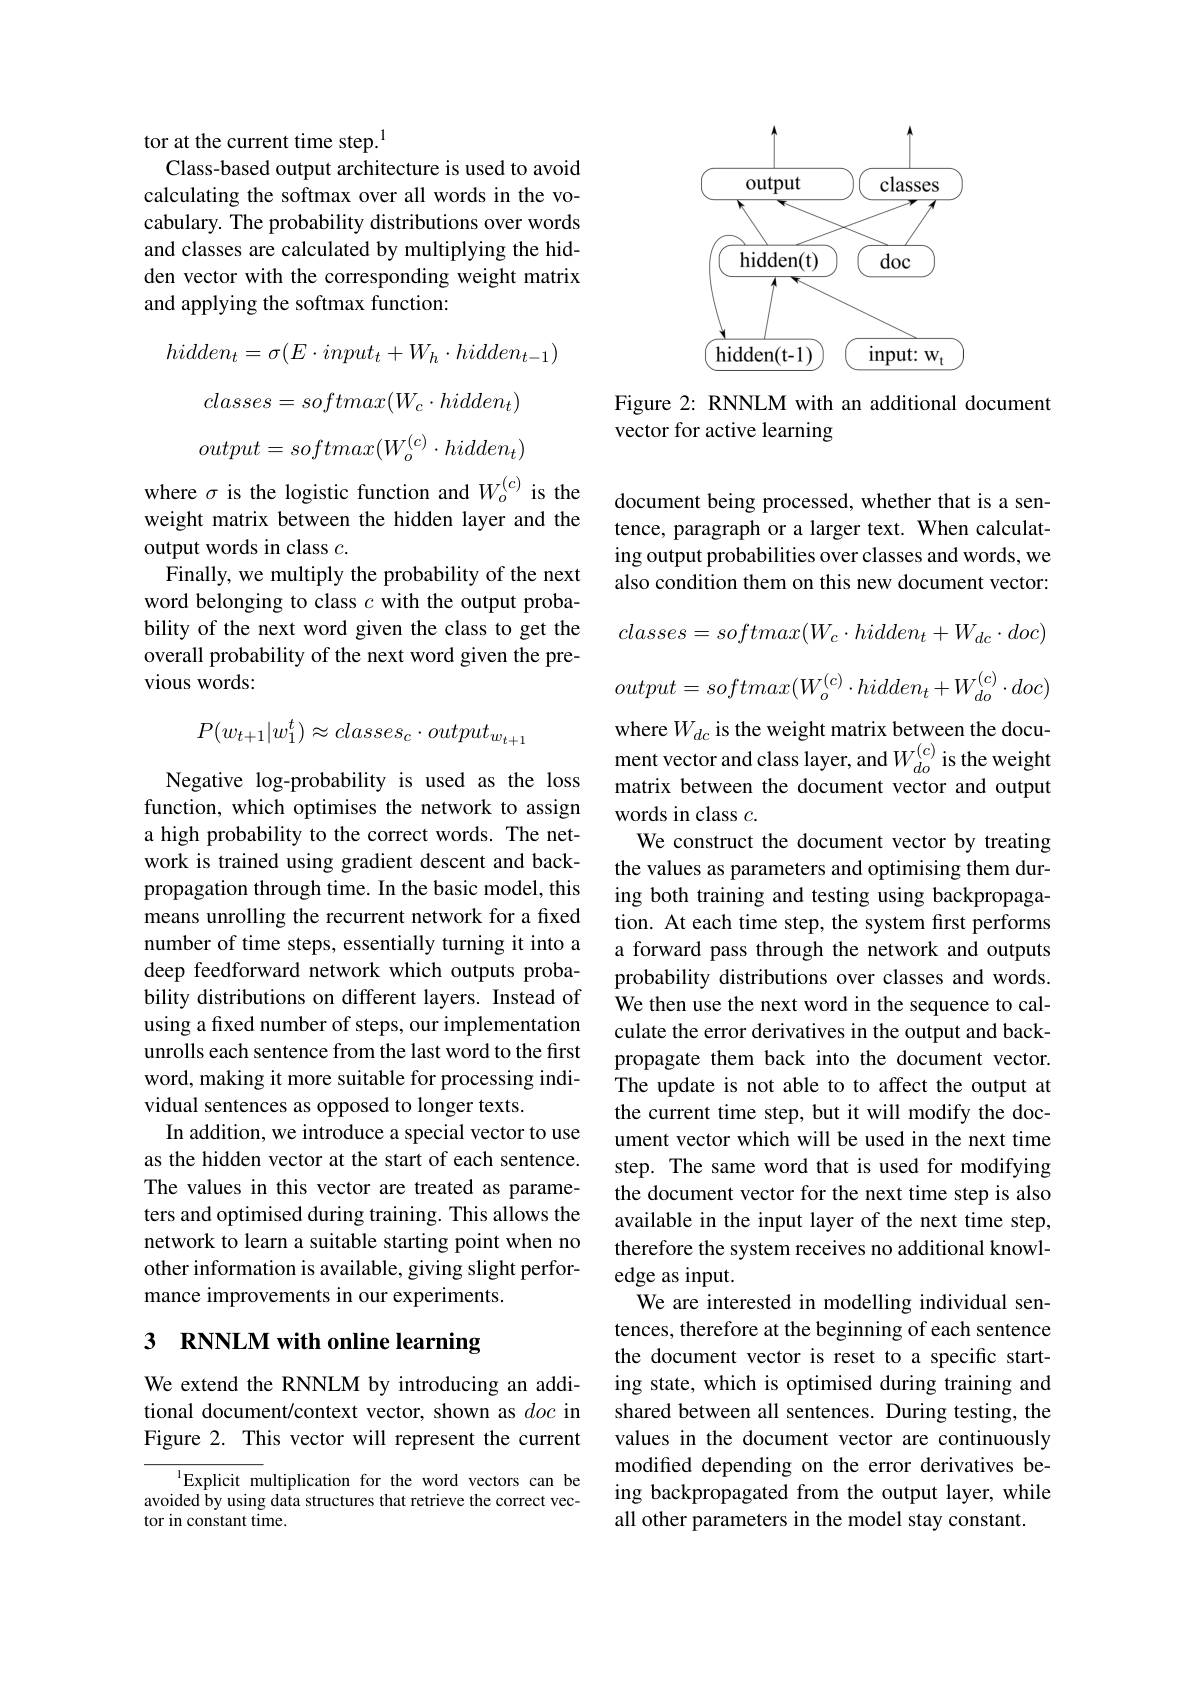
tor at the current time step.$^{1}$

Class-based output architecture is used to avoid calculating the softmax over all words in the vocabulary. The probability distributions over words and classes are calculated by multiplying the hidden vector with the corresponding weight matrix and applying the softmax function:
$$hidden_t=\sigma(E\cdot input_t+W_h\cdot hidden_{t-1})$$
$$classes=softmax(W_c\cdot hidden_t)$$
$$output=softmax(W_o^{(c)}\cdot hidden_t)$$
where $\sigma$ is the logistic function and $W_o^{(c)}$ is the document being processed, whether that is a sen-

weight matrix between the hidden layer and the
output words in class $c.$
Finally, we multiply the probability of the next word belonging to class $c$ with the output probability of the next word given the class to get the overall probability of the next word given the previous words:
$$P(w_{t+1}|w_1^t)\approx classes_c\cdot output_{w_{t+1}}$$
Negative log-probability is used as the loss function, which optimises the network to assign a high probability to the correct words. The network is trained using gradient descent and backpropagation through time. In the basic model, this means unrolling the recurrent network for a fixed number of time steps, essentially turning it into a deep feedforward network which outputs probability distributions on different layers. Instead of using a fixed number of steps, our implementation unrolls each sentence from the last word to the first word, making it more suitable for processing individual sentences as opposed to longer texts.
In addition, we introduce a special vector to use as the hidden vector at the start of each sentence. The values in this vector are treated as parameters and optimised during training. This allows the network to learn a suitable starting point when no other information is available, giving slight performance improvements in our experiments.

# 3 RNNLM with online learning

We extend the RNNLM by introducing an additional document/context vector, shown as doc in Figure 2. This vector will represent the current

$^{1}$Explicit multiplication for the word vectors can be avoided by using data structures that retrieve the correct vector in constant time.

<FigureHere>

Figure 2: RNNLM with an additional document
vector for active learning

tence, paragraph or a larger text. When calculating output probabilities over classes and words, we also condition them on this new document vector: $classes=softmax(W_{c}\cdot hidden_{t}+W_{dc}\cdot doc)$
$$output=softmax(W_o^{(c)}\cdot hidden_t+W_{do}^{(c)}\cdot doc)$$
where $W_{dc}$ is the weight matrix between the document vector and class layer, and $W_{do}^{(c)}$ is the weight matrix between the document vector and output words in class $c.$
We construct the document vector by treating the values as parameters and optimising them during both training and testing using backpropagation. At each time step, the system first performs a forward pass through the network and outputs probability distributions over classes and words. We then use the next word in the sequence to calculate the error derivatives in the output and backpropagate them back into the document vector. The update is not able to to affect the output at the current time step, but it will modify the document vector which will be used in the next time step. The same word that is used for modifying the document vector for the next time step is also available in the input layer of the next time step, therefore the system receives no additional knowledge as input.
We are interested in modelling individual sentences, therefore at the beginning of each sentence the document vector is reset to a specific starting state, which is optimised during training and shared between all sentences. During testing, the values in the document vector are continuously modified depending on the error derivatives being backpropagated from the output layer, while all other parameters in the model stay constant.